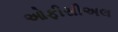
ઓફીસીઅલ